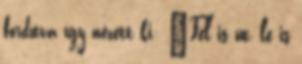
fordítva így nézett ki: Fel is út, le is